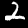
Digit: 2